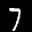
Label: 7